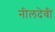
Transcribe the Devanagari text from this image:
नीलदेवी